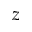
z